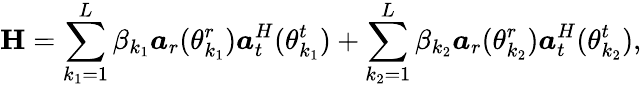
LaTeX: \mathbf{H}=\sum_{{k_{1}}=1}^{L}\beta_{k_{1}}\boldsymbol{a}_{r}(\theta_{k_{1}}^{r})\boldsymbol{a}_{t}^{H}(\theta_{k_{1}}^{t})+\sum_{{k_{2}}=1}^{L}\beta_{k_{2}}\boldsymbol{a}_{r}(\theta_{k_{2}}^{r})\boldsymbol{a}_{t}^{H}(\theta_{k_{2}}^{t}),